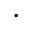
\cdot